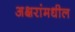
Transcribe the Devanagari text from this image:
अक्षरांमधील